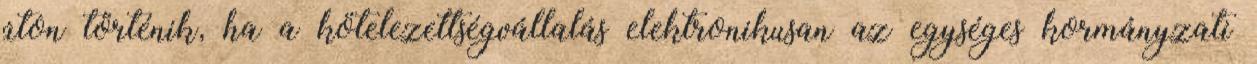
úton történik, ha a kötelezettségvállalás elektronikusan az egységes kormányzati